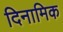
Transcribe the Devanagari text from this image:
दिनामिक